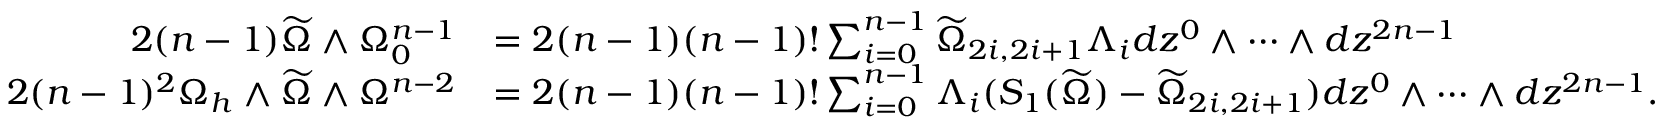
\begin{array} { r l } { 2 ( n - 1 ) \widetilde { \Omega } \wedge \Omega _ { 0 } ^ { n - 1 } } & { = 2 ( n - 1 ) ( n - 1 ) ! \sum _ { i = 0 } ^ { n - 1 } \widetilde { \Omega } _ { 2 i , 2 i + 1 } \Lambda _ { i } d z ^ { 0 } \wedge \cdots \wedge d z ^ { 2 n - 1 } } \\ { 2 ( n - 1 ) ^ { 2 } \Omega _ { h } \wedge \widetilde { \Omega } \wedge \Omega ^ { n - 2 } } & { = 2 ( n - 1 ) ( n - 1 ) ! \sum _ { i = 0 } ^ { n - 1 } \Lambda _ { i } ( S _ { 1 } ( \widetilde { \Omega } ) - \widetilde { \Omega } _ { 2 i , 2 i + 1 } ) d z ^ { 0 } \wedge \cdots \wedge d z ^ { 2 n - 1 } . } \end{array}